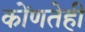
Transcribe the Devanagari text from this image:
कोंणतेही